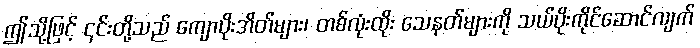
ဤသို့ဖြင့် ၎င်းတို့သည် ကျောပိုးအိတ်များ၊ တစ်လုံးထိုး သေနတ်များကို သယ်ပိုးကိုင်ဆောင်လျက်